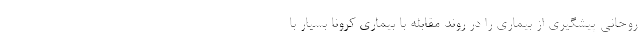
روحانی پیشگیری از بیماری را در روند مقابله با بیماری کرونا بسیار با